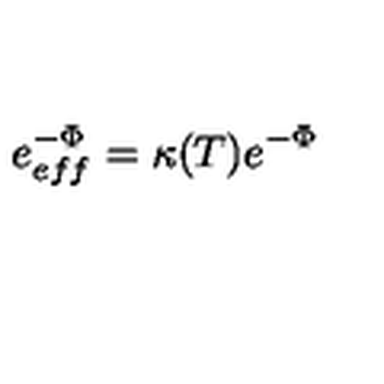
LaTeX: e _ { e f f } ^ { - \Phi } = \kappa ( T ) e ^ { - \Phi }